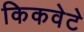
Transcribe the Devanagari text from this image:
किकवेटे